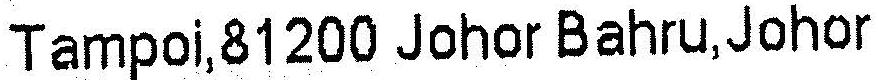
TAMPOI,81200 JOHOR BAHRU,JOHOR